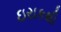
ઇરાકથી